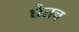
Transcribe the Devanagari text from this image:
घेतच